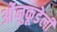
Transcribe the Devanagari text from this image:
ओंनुकूडेली